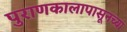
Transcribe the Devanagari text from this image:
पुराणकालापासूनच्या